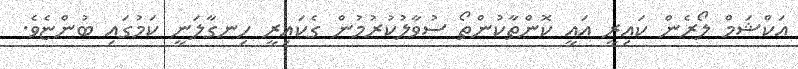
އަކްޝަމް ލޯރެން ކައިރީ އައީ ކޮންތާކުންތޯ ސުވާލުކުރުމުން ގެކައިރީ ހިނގާލަނީ ކަމުގައި ބުންޏެވެ.